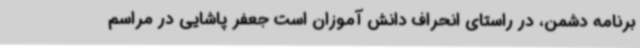
برنامه دشمن، در راستای انحراف دانش آموزان است جعفر پاشایی در مراسم